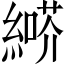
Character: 𦄶